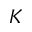
K